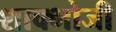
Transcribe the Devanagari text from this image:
शाक्भोजी